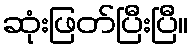
ဆုံးဖြတ်ပြီးပြီ။